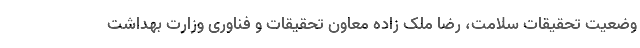
وضعیت تحقیقات سلامت، رضا ملک زاده معاون تحقیقات و فناوری وزارت بهداشت